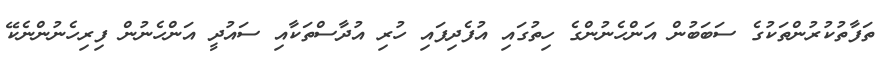
ތަފާތުކުރުންތަކުގެ ސަބަބުން އަންހެނުންގެ ހިތުގައި އުފެދިފައި ހުރި އުދާސްތަކާއި ސައުދީ އަންހެނުން ފިރިހެނުންނެކޭ